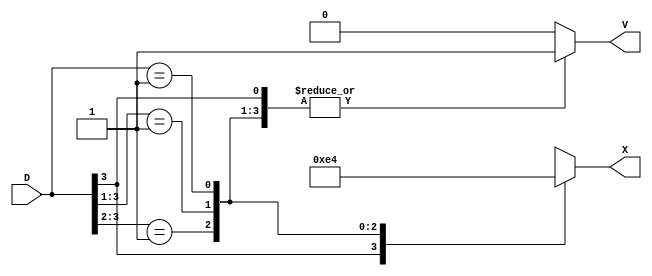
`timescale 1ns / 1ps
//////////////////////////////////////////////////////////////////////////////////
// Company: 
// Engineer: 
// 
// Design Name: 
// Module Name: priority_encoder_a
// Project Name: 
// Target Devices: 
// Tool Versions: 
// Description: 
// 
// Dependencies: 
// 
// Revision:
// Revision 0.01 - File Created
// Additional Comments:
// 
//////////////////////////////////////////////////////////////////////////////////


module priority_encoder_a(D,X,V);
input [3:0] D;
output reg [1:0] X;
output reg V;

always @(D)
    begin
    V=1'b1;
        casex(D)
            4'b1xxx : X=2'b11;
            4'b01xx : X=2'b10;
            4'b001x : X=2'b01;
            4'b0001 : X=2'b00;
            default : begin
                        V=1'b0;
                        X=2'bXX;
                      end
        endcase
    end
endmodule